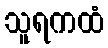
သူရကထံ